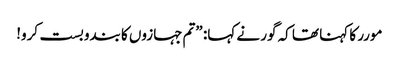
مورر کا کہنا تھا کہ گور نے کہا: ”تم جہازوں کا بندوبست کرو!